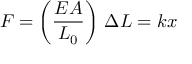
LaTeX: F = \left( { \frac { E A } { L _ { 0 } } } \right) \, \Delta L = k x